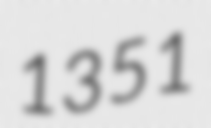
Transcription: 1351